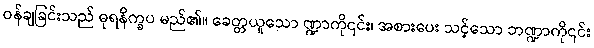
ဝန်ချခြင်းသည် ဓုရနိက္ခပ မည်၏။ ခေတ္တယူသော ဏ္ဍာကို၎င်း၊ အစားပေး သင့်သော ဘဏ္ဍာကို၎င်း